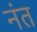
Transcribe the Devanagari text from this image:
नंत